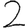
Digit: 2